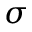
\sigma